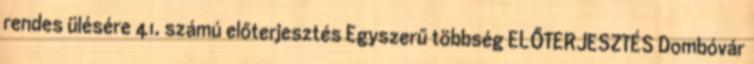
rendes ülésére 41. számú előterjesztés Egyszerű többség ELŐTERJESZTÉS Dombóvár